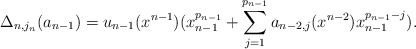
\begin{align*} \Delta_{n,j_n} ( a_{n-1} ) = u_{n-1} (x^{n-1}) (x_{n-1}^{p_{n-1}} + \sum_{j=1}^{p_{n-1}} a_{n-2,j} (x^{n-2}) x_{n-1}^{p_{n-1}-j} ) .\end{align*}